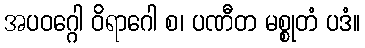
အပဝဂ္ဂေါ ဝိရာဂေါ စ၊ ပဏီတ မစ္စုတံ ပဒံ။